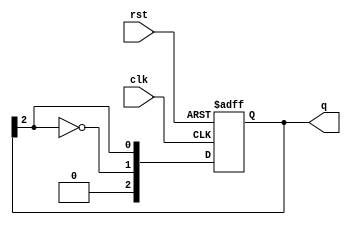
module johnson_counter (
    input wire clk,       // Clock signal
    input wire rst,       // Asynchronous reset
    output reg [n-1:0] q  // Counter output
);
    parameter n = 3; // Number of flip-flops

    always @(posedge clk or posedge rst) begin
        if (rst) begin
            q <= 0; // Reset the counter to 0
        end else begin
            // Shift and feedback the inverted output of the last flip-flop
            q <= {~q[n-1], q[n-1:n-1]}; // Shift left and feedback
        end
    end
endmodule